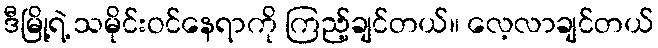
ဒီမြို့ရဲ့ သမိုင်းဝင်နေရာကို ကြည့်ချင်တယ်။ လေ့လာချင်တယ်